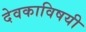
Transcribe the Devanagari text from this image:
देवकाविषयी